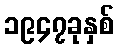
၁၉၄၇ခုနှစ်